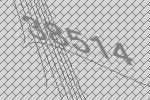
38514